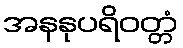
အနနုပရိဝတ္တံ